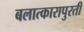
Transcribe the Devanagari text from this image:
बलात्कारापुरती